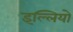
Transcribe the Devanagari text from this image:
इल्लियो